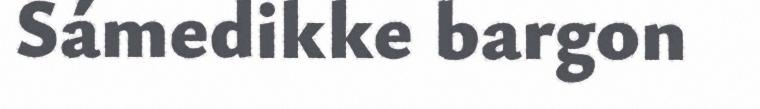
Sámedikke bargon